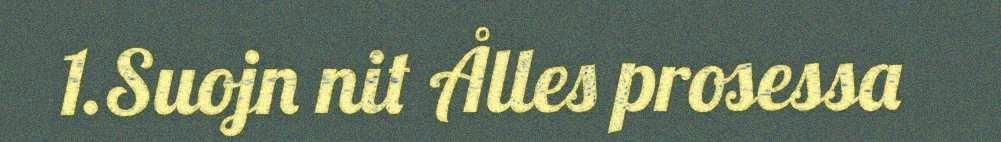
1.Suojn nit Ålles prosessa